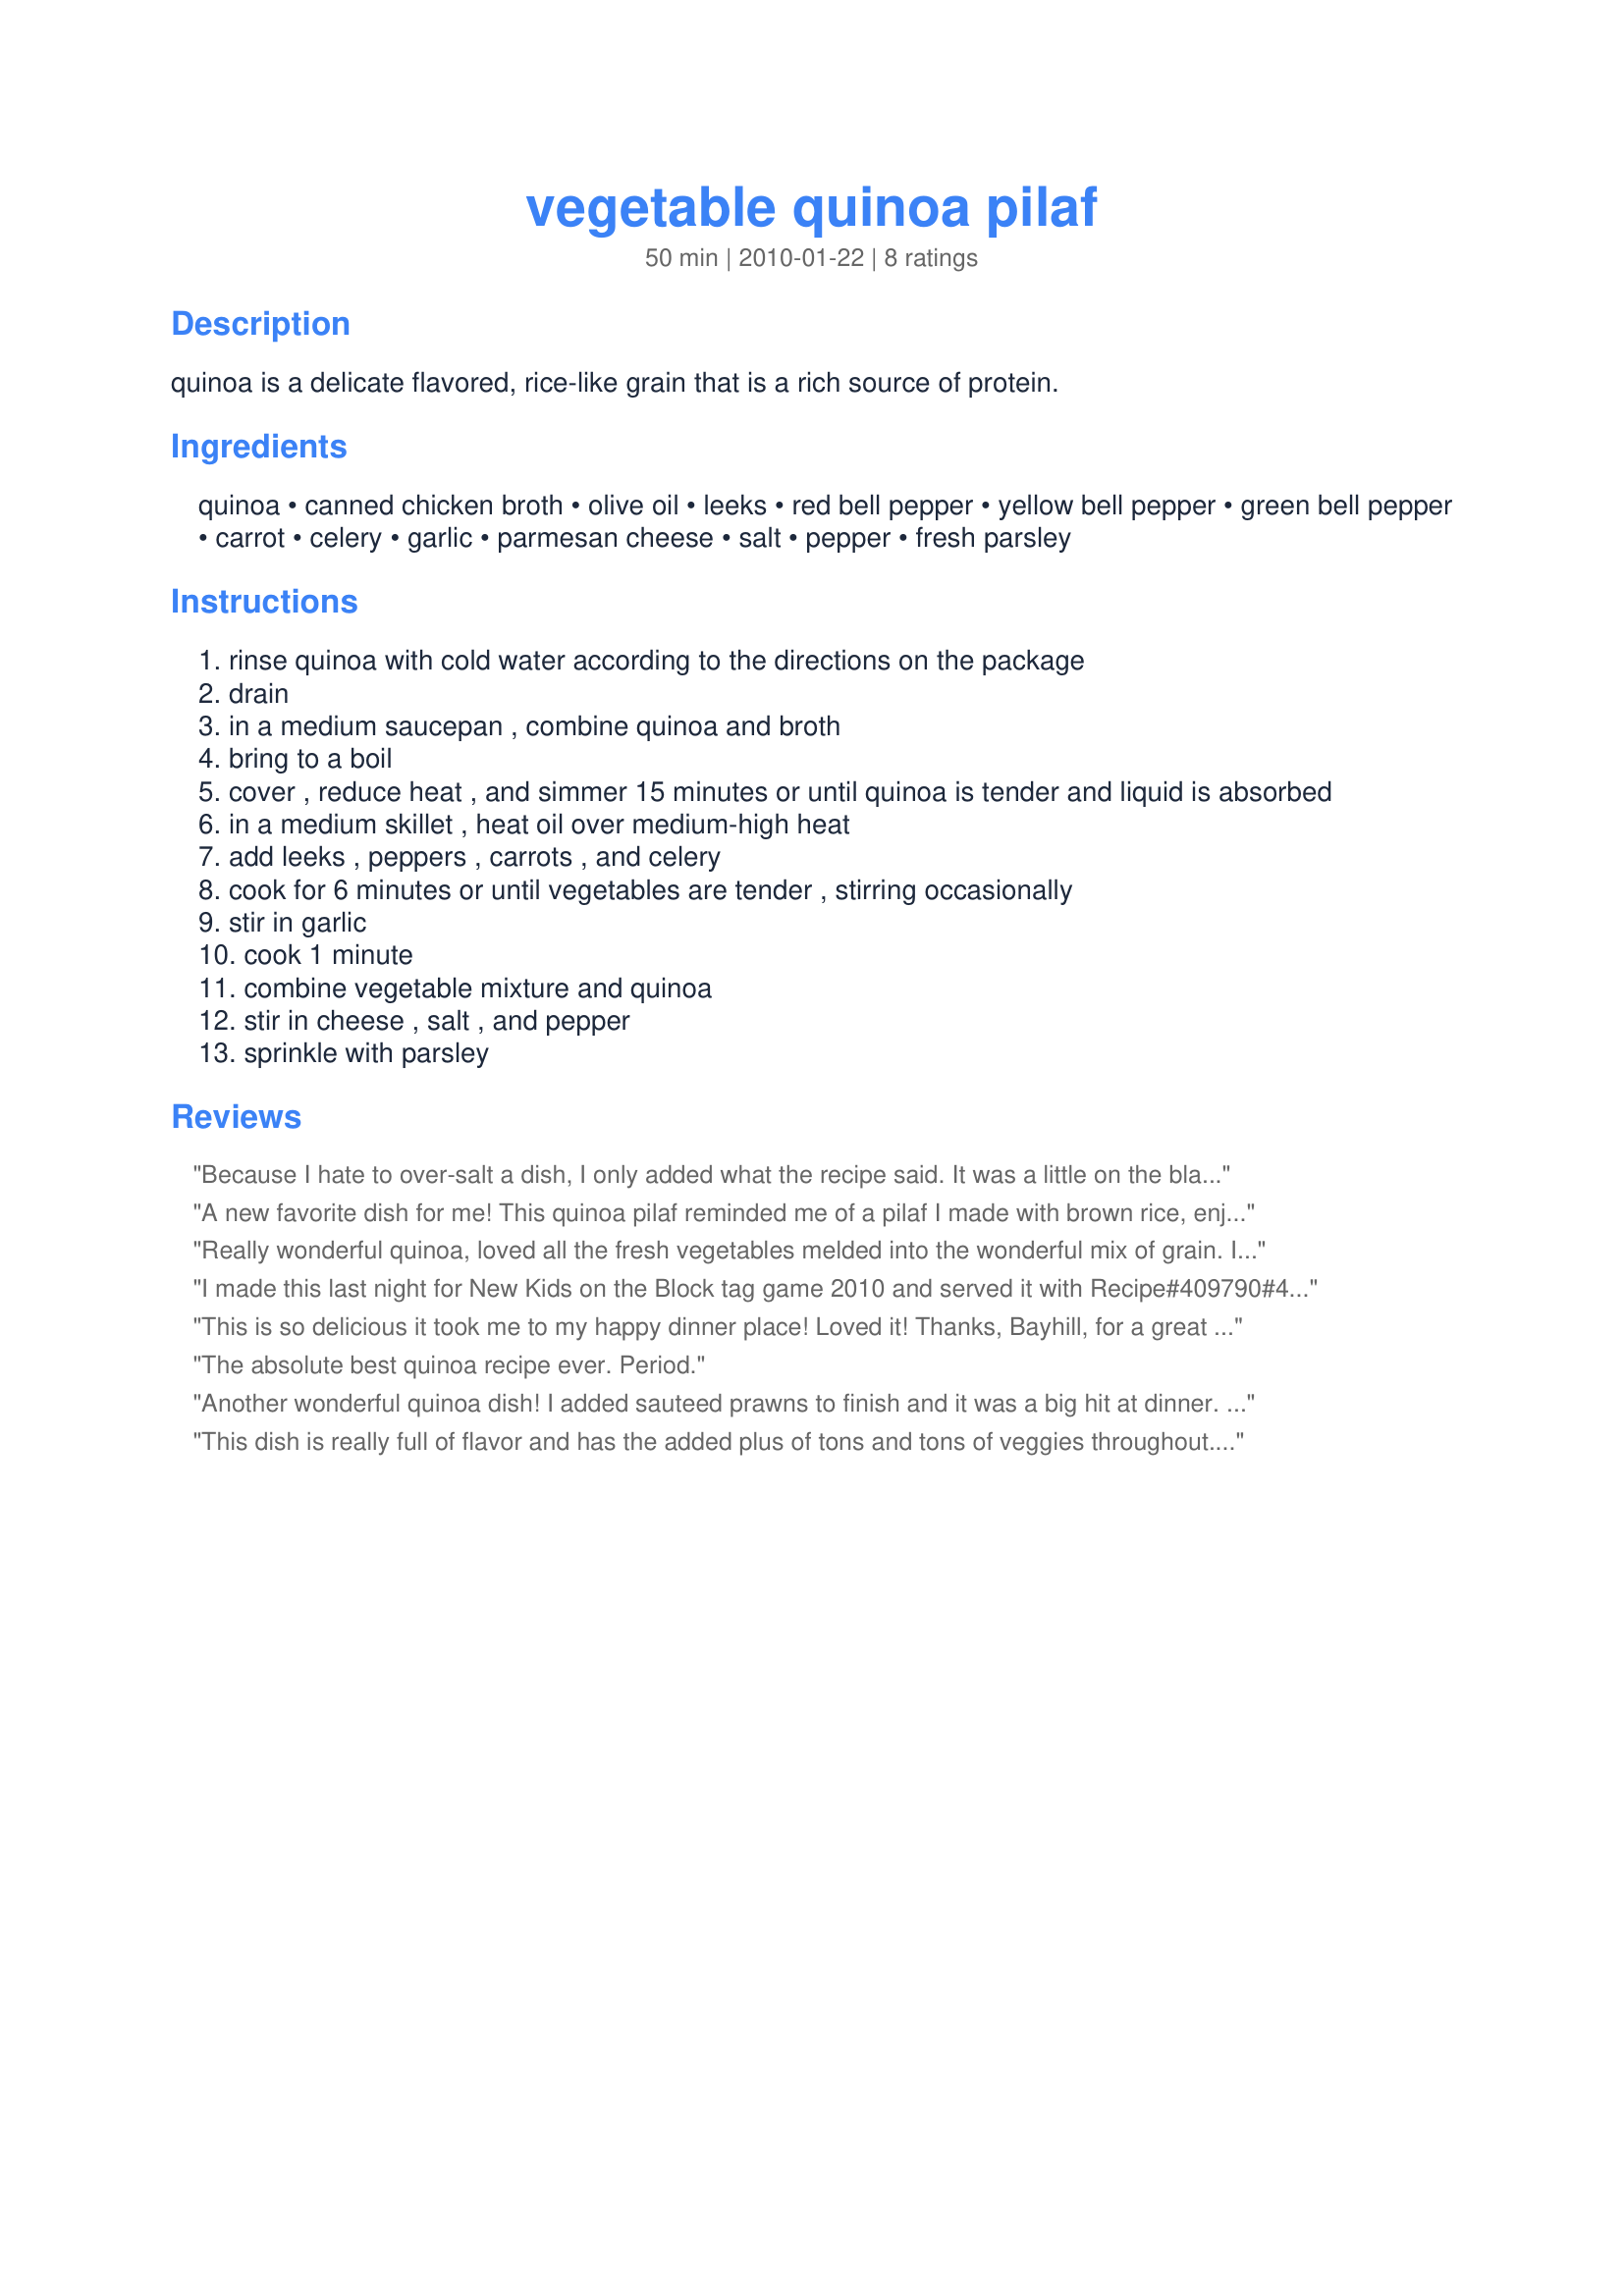
vegetable quinoa pilaf
Preparation time: 50 minutes

quinoa is a delicate flavored, rice-like grain that is a rich source of protein.

Ingredients:
quinoa, canned chicken broth, olive oil, leeks, red bell pepper, yellow bell pepper, green bell pepper, carrot, celery, garlic, parmesan cheese, salt, pepper, fresh parsley

Steps:
rinse quinoa with cold water according to the directions on the package
drain
in a medium saucepan , combine quinoa and broth
bring to a boil
cover , reduce heat , and simmer 15 minutes or until quinoa is tender and liquid is absorbed
in a medium skillet , heat oil over medium-high heat
add leeks , peppers , carrots , and celery
cook for 6 minutes or until vegetables are tender , stirring occasionally
stir in garlic
cook 1 minute
combine vegetable mixture and quinoa
stir in cheese , salt , and pepper
sprinkle with parsley

Reviews:
Because I hate to over-salt a dish, I only added what the recipe said. It was a little on the bland side, so I doctored it up with a little more salt and some extra garlic. Anyway, it turned out just fine - loved all the veggies. And quinoa is the cutest grain with those little circles!!
A new favorite dish for me! This quinoa pilaf reminded me of a pilaf I made with brown rice, enjoy that hint of nuttiness. I used vegetable broth and dried parsley since that was all I had on hand. Perfect for lunch or a light supper! Made and reviewed for the Australian/NewZealand Forums Recipe Swap #73.
Really wonderful quinoa, loved all the fresh vegetables melded into the wonderful mix of grain. I ran out of quinoa - (for the full servings) so I added a bit of wild rice along side. It's so wonderful, you will have to eat the first bowl all by yourself, and then squeak in for a second helping! Very easy to put together, and the topping of the parmesan cheese is a perfect addition. Made for *Photo Swap* Photo Forum January 2010
I made this last night for New Kids on the Block tag game 2010 and served it with Recipe#409790#409790. I did cut the recipe in half but this was delicious! My DH wondered when he saw me get this box of "WHAT"....he loved it and wants it again. I followed the recipe completely (I might have added a little more Parmesan cheese and garlic) but otherwise kept it the same and used homemade chicken stock. Thank you for a wonderful dish!
This is so delicious it took me to my happy dinner place! Loved it! Thanks, Bayhill, for a great recipe!
The absolute best quinoa recipe ever. Period.
Another wonderful quinoa dish! I added sauteed prawns to finish and it was a big hit at dinner. I used all red pepper that I had skinned...because the skin doesn't agree with me. Thank you for sharing. Will definately be making again.
This dish is really full of flavor and has the added plus of tons and tons of veggies throughout. I used red quinoa and just eyeballed the veggies. It was served at room temperature with Recipe #169824 for a delicious Bayhill meal. Made for PAC Spring 2013.
